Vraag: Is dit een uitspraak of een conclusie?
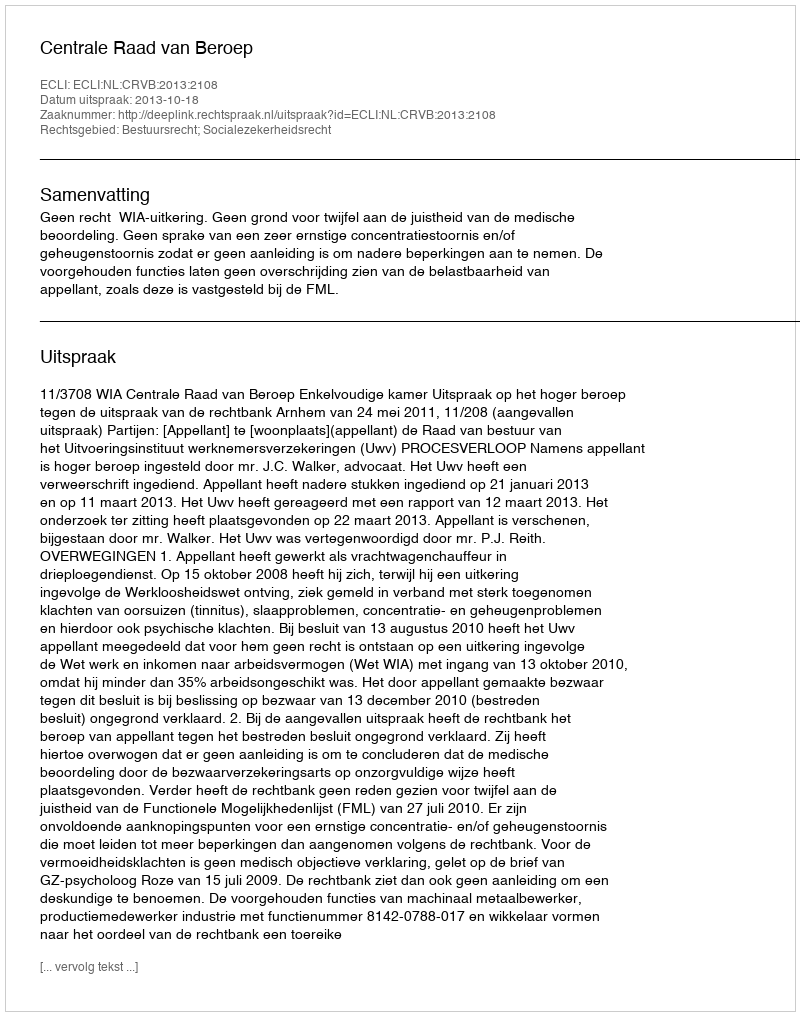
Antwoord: Uitspraak